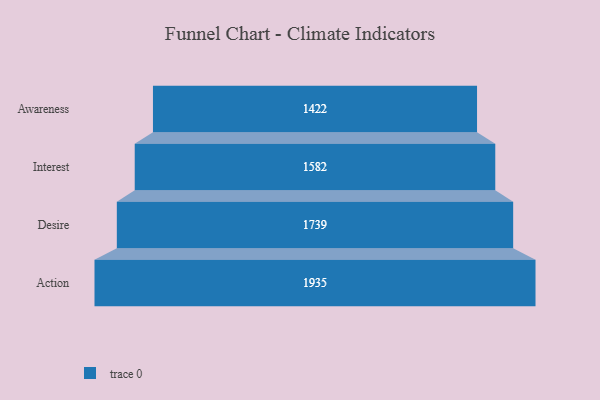
{"axis": {"x": "Stage", "y": "Value"}, "legend": [""], "data": [{"x": "Awareness", "y": 1422.0, "type": ""}, {"x": "Interest", "y": 1582.0, "type": ""}, {"x": "Desire", "y": 1739.0, "type": ""}, {"x": "Action", "y": 1935.0, "type": ""}]}